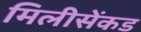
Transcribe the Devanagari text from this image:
मिलीसेंकड